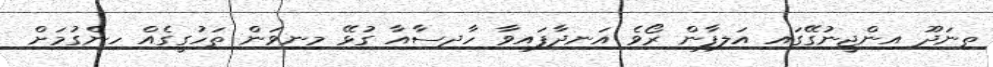
ތިނަދޫ އިންޖީނުގޭގައި އަލިފާން ރޯވެ އަނދާފައިވާ ހާދިސާއާ ގުޅޭ މިނިވަން ތަހުގީގެއް ހިންގުމަށް